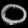
Digit: ၀